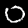
Digit: 0